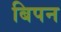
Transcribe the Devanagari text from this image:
बिपन